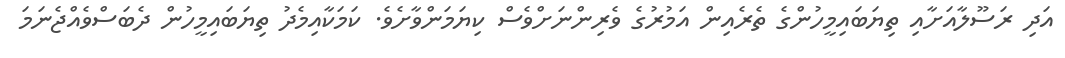
އަދި ރަސޫލާއަށާއި ތިޔަބައިމީހުންގެ ތެރެއިން އަމުރުގެ ވެރިންނަށްވެސް ކިޔަމަންވާށެވެ. ކަމަކާއިމެދު ތިޔަބައިމީހުން ދެބަސްވެއްޖެނަމަ